Source: Handwritten
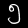
Digit: ၅ (5)